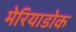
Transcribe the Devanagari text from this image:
मेरियाडोक